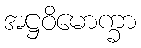
အဋ္ဌဝိမောက္ခာ